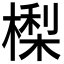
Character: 𣙔